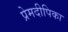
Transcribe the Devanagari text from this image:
प्रेमदीपिका